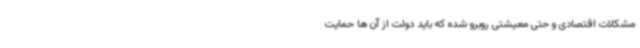
مشکلات اقتصادی و حتی معیشتی روبرو شده که باید دولت از آن ها حمایت